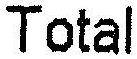
TOTAL